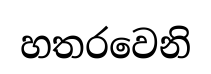
හතරවෙනි